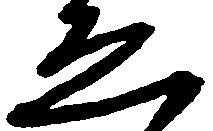
ゑ